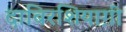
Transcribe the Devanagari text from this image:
दाबिरशियाग़ी